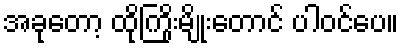
အခုတော့ ထိုကြိုးမျိုးတောင် ပါဝင်ပေ။